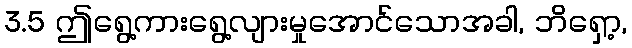
3.5 ဤရွေ့ကားရွေ့လျားမှုအောင်သောအခါ, ဘိရှော့,